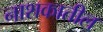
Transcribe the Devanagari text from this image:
नाशकातील